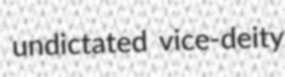
undictated vice-deity